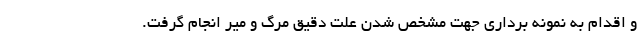
و اقدام به نمونه برداری جهت مشخص شدن علت دقیق مرگ و میر انجام گرفت.